Medical and sanitary report of the native army of Bengal for the year
Year: 1878
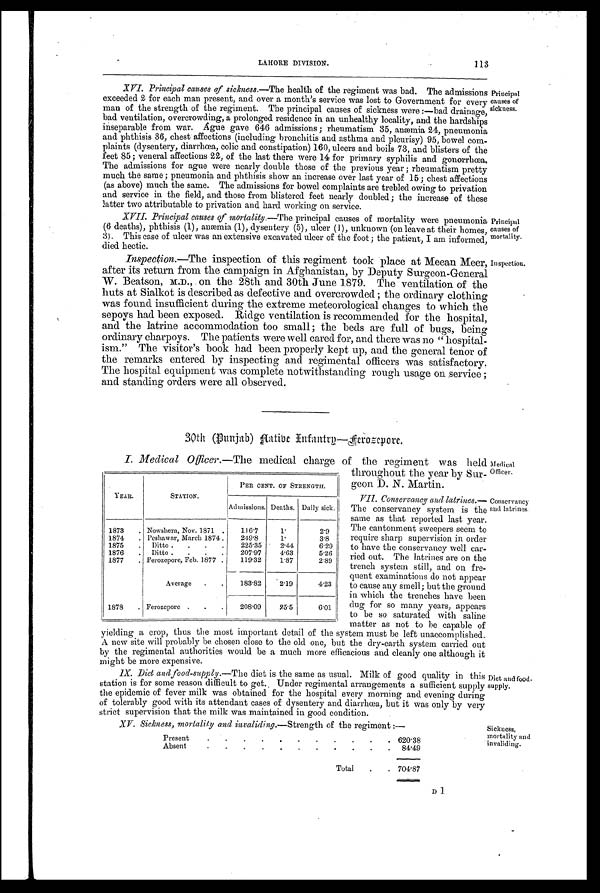
LAHORE DIVISION.
113
XVI. Principal causes of sickness.—The health of the regiment was bad. The admissions
exceeded 2 for each man present, and over a month's service was lost to Government for every
man of the strength of the regiment. The principal causes of sickness were :—bad drainage,
bad ventilation, overcrowding, a prolonged residence in an unhealthy locality, and the hardships
inseparable from war. Ague gave 646 admissions ; rheumatism 35, anæmia 24, pneumonia
and phthisis chest affections (including bronchitis and asthma and pleurisy) 95, bowel com
-plaints (dysentery, diarrhœa, colic and constipation) 160, ulcers and boils 73, and blisters of the
feet 85 ; veneral affections 22, of the last there were 14 for primary syphilis and gonorrhœa.
The admissions for ague were nearly double those of the previous year ; rheumatism pretty
much the same ; pneumonia and phthisis show an increase over last year of 15 ; chest affections
(as above) much the same. The admissions for bowel complaints are trebled owing to privation
and service in the field, and those from blistered feet nearly doubled ; the increase of these
latter two attributable to privation and hard working on service.
XVII. Principal causes of mortality. —The principal causes of mortality were pneumonia
(6 deaths), phthisis (1), anæmia (1), dysentery (5), ulcer (1), unknown (on leave at their homes,
3). This case of ulcer was an extensive excavated ulcer of the foot ; the patient, I am informed,
died hectic.
Inspection.—The inspection of this regiment took place at Meean Meer,
after its return from the campaign in Afghanistan, by Deputy Surgeon-General
W. Beatson, M.D., on the 28th and 30th June 1879. The ventilation of the
huts at Sialkot is described as defective and overcrowded ; the ordinary clothing
was found insufficient during the extreme meteorological changes to which the
sepoys had been exposed. Ridge ventilation is recommended for the hospital,
and the latrine accommodation too small ; the beds are full of bugs, being
ordinary charpoys. The patients were well cared for, and there was no " hospital-
ism." The visitor's book had been properly kept up, and the general tenor of
the remarks entered by inspecting and regimental officers was satisfactory.
The hospital equipment was complete notwithstanding rough usage on service ;
and standing orders were all observed.
Principal
causes of
sickness.
Principal
causes of
mortality.
Inspection.
30th (Punjab) Native Infantry.—Ferozepore.
I. Medical Officer.—The medical charge of the regiment was held
throughout the year by Sur-
geon D. N. Martin.
VII. Conservancy and latrines.
— T h e c o n s e r v a n c y s y s t e m i s t h e
same as that reported last year.
The cantonment sweepers seem to
require sharp supervision in order
to have the conservancy well car
-ried out. The latrines are on the
trench system still, and on fre
-quent examinations do not appear
to cause any smell; but the ground
in which the trenches have been
dug for so many years, appears
to be so saturated with saline
matter as not to be capable of
yielding a crop, thus the most important detail of the system must be left unaccomplished.
A new site will probably be chosen close to the old one, but the dry-earth system carried out
by the regimental authorities would be a much more efficacious and cleanly one although it
might be more expensive.
IX. Diet and food-supply.—The diet is the same as usual. Milk of good quality in this
station is for some reason difficult to get. Under regimental arrangements a sufficient supply
the epidemic of fever milk was obtained for the hospital every morning and evening during
of tolerably good with its attendant cases of dysentery and diarrhœa, but it was only by very
strict supervision that the milk was maintained in good condition.
XV. Sickness, mortality and invaliding. —Strength of the regiment :—
Present
.
.
.
.
.
.
.
.
.
.
. 620.38
Absent
.
.
.
.
. . .
. . . . 84.49
Total .
. 704.87
YEAR.
STATION.
PER CENT. OF STRENGTH.
Admissions. Deaths. Daily sick.
1873 . Nowshera, Nov. 1871 .
116.7
1 .
2.9
1874 . Peshawar, March 1874.
249.8
1 .
3.8
1875 . Ditto . . .
. 225.35
2.44
6.29
1876 . Ditto . . .
207.97
4.63
5.26
1877 . Ferozepore, Feb. 1877 .
119.32
1.87
2.89
Average . .
183.82
2.19
4 . 2 3
1878 . Ferozepore . . .
208.09
25.5
6.01
Medical
Officer.
Conservancy
and latrines.
Diet and food.
supply.
Sickness,
mortality and
invaliding.
D1